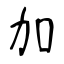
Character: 加